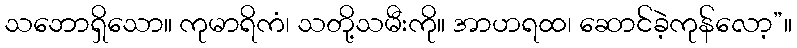
သဘောရှိသော။ ကုမာရိကံ၊ သတို့သမီးကို။ အာဟရထ၊ ဆောင်ခဲ့ကုန်လော့”။